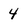
Character: 4